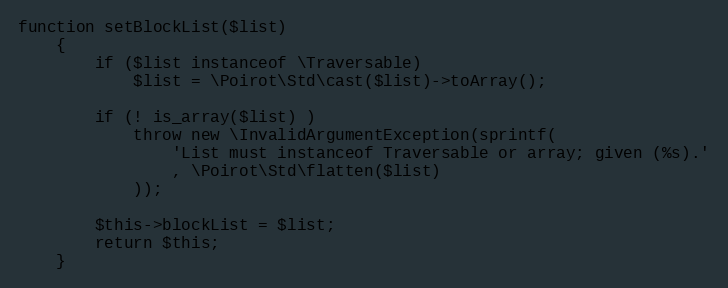
Language: PHP
function setBlockList($list)
    {
        if ($list instanceof \Traversable)
            $list = \Poirot\Std\cast($list)->toArray();

        if (! is_array($list) )
            throw new \InvalidArgumentException(sprintf(
                'List must instanceof Traversable or array; given (%s).'
                , \Poirot\Std\flatten($list)
            ));

        $this->blockList = $list;
        return $this;
    }